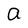
Character: a